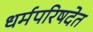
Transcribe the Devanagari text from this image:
धर्मपरिषदेत